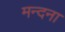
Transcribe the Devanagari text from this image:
मन्दना